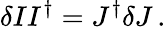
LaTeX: \delta II^{\dagger}=J^{\dagger}\delta J\, .